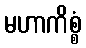
မဟာကိစ္စံ